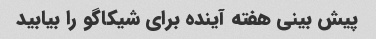
پیش بینی هفته آینده برای شیکاگو را بیابید